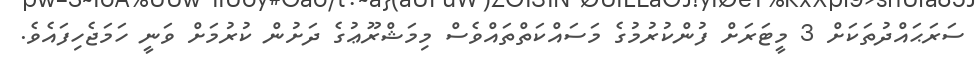
ސަރަޙައްދުތަކަށް 3 މީޓަރަށް ފުންކުރުމުގެ މަސައްކަތްތައްވެސް މިމަޝްރޫޢުގެ ދަށުން ކުރުމަށް ވަނީ ހަމަޖެހިފައެވެ.